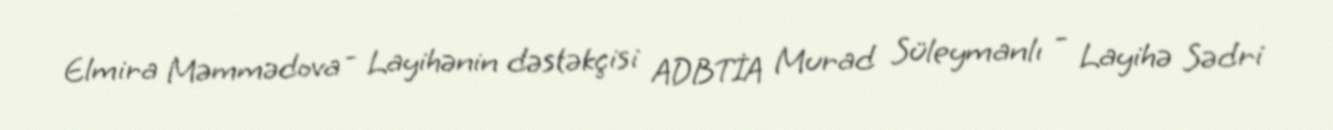
Elmira Məmmədova - Layihənin dəstəkçisi ADBTİA Murad Süleymanlı - Layihə Sədri